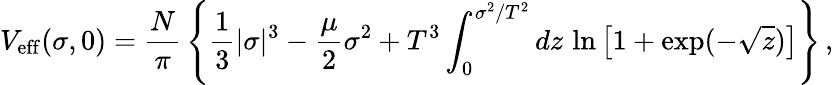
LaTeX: V_{\mathrm{eff}}(\sigma,0)={\frac{N}{\pi}}\left\{ {\frac{1}{3}}|\sigma|^{3}-{\frac{\mu}{2}}\sigma^{2}+{T^{3}}\int_{0}^{\sigma^{2}/T^{2}}dz\, \ln\left[1+\exp(-\sqrt{z})\right]\right\} \, ,